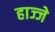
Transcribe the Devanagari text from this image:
हाज्जे